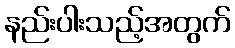
နည်းပါးသည့်အတွက်